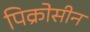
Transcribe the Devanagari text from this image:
पिक्रोसीन